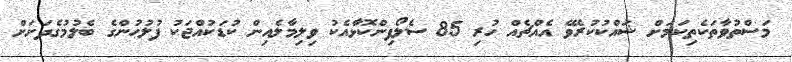
މަސްތުވާތަކެތިކަމަށް ޝައްކުކުރެވޭ އެއްޗެއް ހުރި 85 ސެލޯފިންކޮޅާއެކު ވިލިމާލެއިން ކުޑަކުއްޖަކު ފުލުހުންގެ ބެލުމުގެދަށަށް